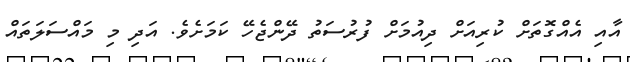
އާއި އެއްގޮތަށް ކުރިއަށް ދިއުމަށް ފުރުސަތު ދޭންޖެހޭ ކަމަށެވެ. އަދި މި މައްސަލަތައް